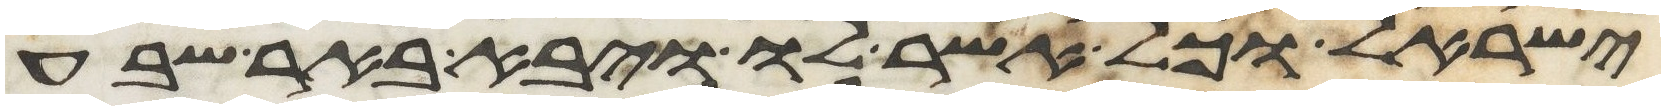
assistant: ישראל וכל אשר לו ויבא באר שבע